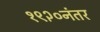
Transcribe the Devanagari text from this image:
१९२०नंतर